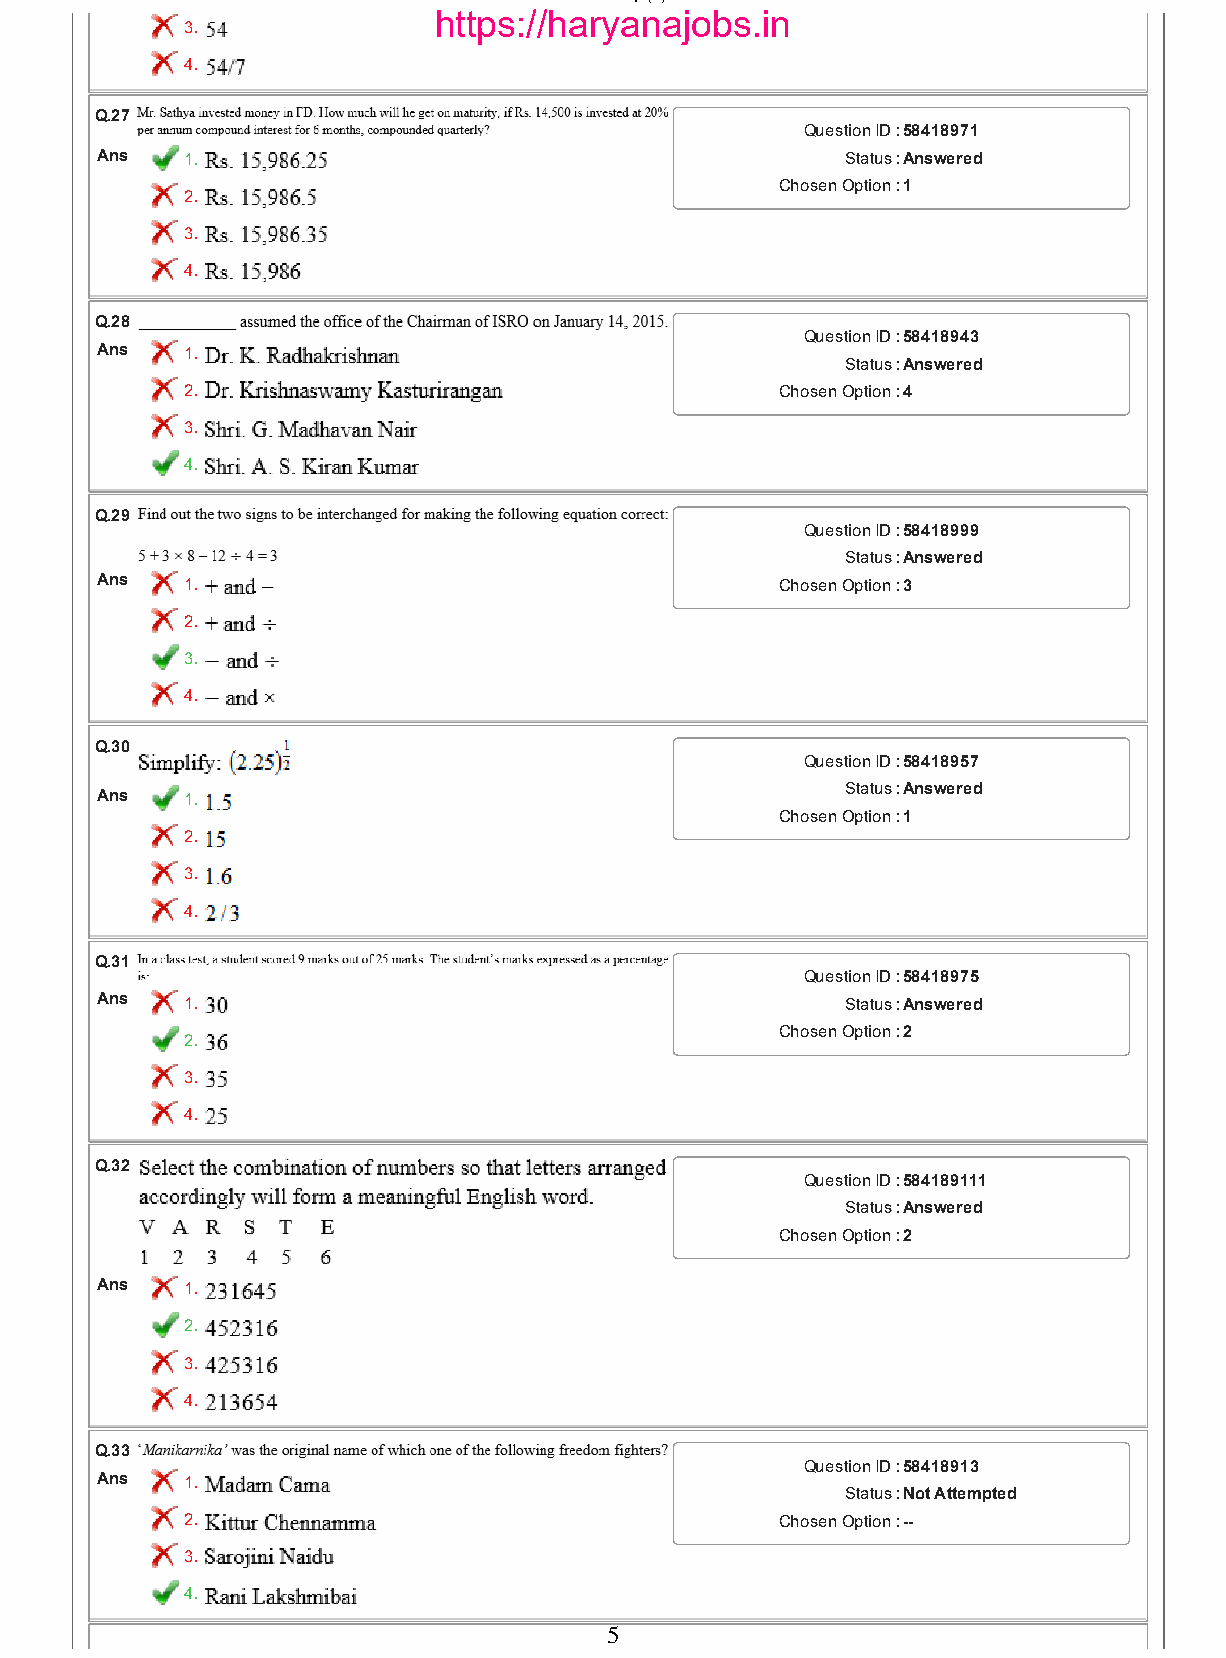
26/01/2017                           Qp (5).html
 https://haryanajobs.in
 3.
 4.
 Q.27
 Question ID :58418971
 Ans  1.                                          Status :Answered
 Chosen Option :1
 2.
 3.
 4.
 Q.28
 Question ID :58418943
 Ans  1.
 Status :Answered
 2.                                      Chosen Option :4
 3.
 4.
 Q.29
 Question ID :58418999
 Status :Answered
 Ans  1.                                      Chosen Option :3
 2.
 3.
 4.
 Q.30
 Question ID :58418957
 Status :Answered
 Ans  1.
 Chosen Option :1
 2.
 3.
 4.
 Q.31
 Question ID :58418975
 Ans  1.                                          Status :Answered
 Chosen Option :2
 2.
 3.
 4.
 Q.32
 Question ID :584189111
 Status :Answered
 Chosen Option :2
 Ans  1.
 2.
 3.
 4.
 Q.33
 Question ID :58418913
 Ans  1.
 Status :Not Attempted
 2.                                      Chosen Option :­­
 3.
 4.
 5
 file:///C:/Users/Narottam%20Vats/Downloads/Qp%20(5).html                 5/19